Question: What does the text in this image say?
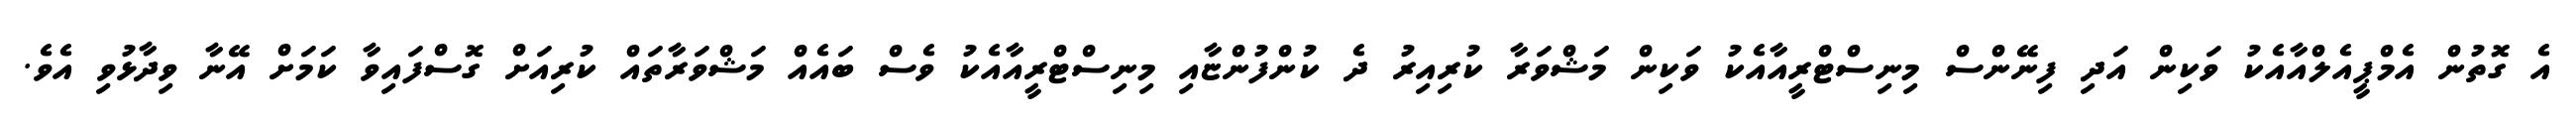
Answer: އެ ގޮތުން އެމްޕީއެލްއާއެކު ވަކިން އަދި ފިނޭންސް މިނިސްޓްރީއާއެކު ވަކިން މަޝްވަރާ ކުރިއިރު ދެ ކުންފުންޏާއި މިނިސްޓްރީއާއެކު ވެސް ބައެއް މަޝްވަރާތައް ކުރިއަށް ގޮސްފައިވާ ކަމަށް އޭނާ ވިދާޅުވި އެވެ.